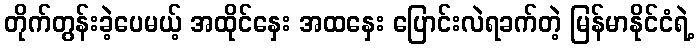
တိုက်တွန်းခဲ့ပေမယ့် အထိုင်နှေး အထနှေး ပြောင်းလဲရခက်တဲ့ မြန်မာနိုင်ငံရဲ့